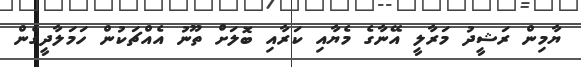
ޔާމިން ރަޝީދު މަރާލީ އޭނާގެ މެޔާއި ކަރާއި ބޮލަށް ތޫނު އެއްޗަކުން ހަމަލާދީގެން